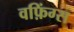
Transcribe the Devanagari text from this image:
वफ़िंग्स